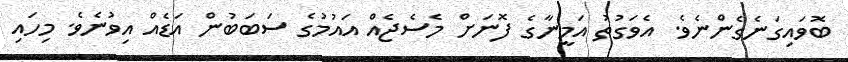
ބޮވައިގަނެގެންނެވެ. އެވަގުތު އަމީނާގެ ފޮނަށް މެސެޖެއް އައުމުގެ ސަބަބުން އަޑެއް އިވުނެވެ. މިހައި